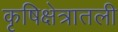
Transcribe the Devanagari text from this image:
कृषिक्षेत्रातली